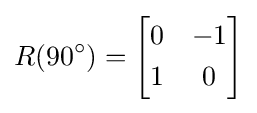
R(90^{\circ })={\begin{bmatrix}0&-1\\[3pt]1&0\\\end{bmatrix}}